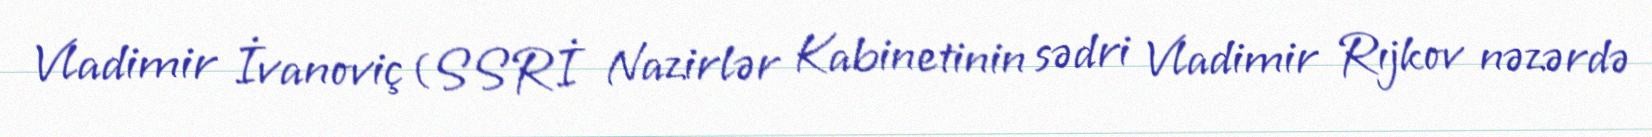
Vladimir İvanoviç (SSRİ Nazirlər Kabinetinin sədri Vladimir Rıjkov nəzərdə